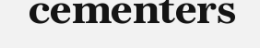
cementers